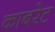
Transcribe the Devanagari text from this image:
काबरेट